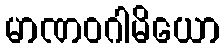
မာဏဝဂါမိယော